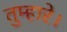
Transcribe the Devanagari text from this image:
तुम्हारे।